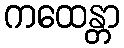
ကထေန္တာ